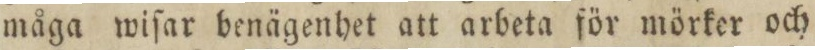
måga wiſar benägenhet att arbeta för mörker och